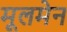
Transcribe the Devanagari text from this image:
मूलमेन